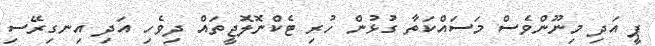
ޕީ އަދި މިނޫންވެސް މަސައްކަތާ ގުޅުން ހުރި ޓެކްނޮލޮޖީތައް ދިވެހި އަދި އިނގިރޭސި